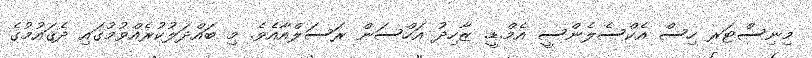
މިނިސްޓަރ ހިސް އެކްސެލެންސީ އެމް.ޑީ. ޒާހިދު އަހްސަން ރަސަލްއާއެވެ. މި ބައްދަލުކުރެއްވުމުގައި ދެޤައުމުގެ